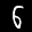
Label: 6